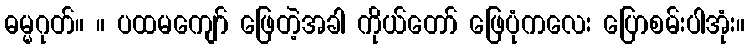
ဓမ္မဂုတ်။ ။ ပထမကျော် ဖြေတဲ့အခါ ကိုယ်တော် ဖြေပုံကလေး ပြောစမ်းပါအုံး။